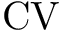
\mathrm { C V }